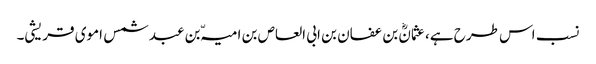
نسب اس طرح ہے، عثمانؓ بن عفان بن ابی العاص بن امیہّ بن عبد شمس اموی قریشی۔